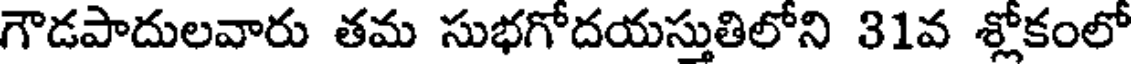
గౌడపాదులవారు తమ సుభగోదయస్తుతిలోని 31వ శ్లోకంలో